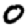
Digit: 0